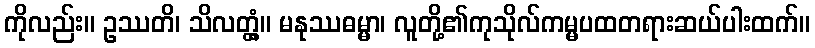
ကိုလည်း။ ဥဿတိ၊ သိလတ္တံ့။ မနုဿဓမ္မာ၊ လူတို့၏ကုသိုလ်ကမ္မပထတရားဆယ်ပါးထက်။